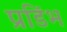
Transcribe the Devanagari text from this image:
प्रडिंभ